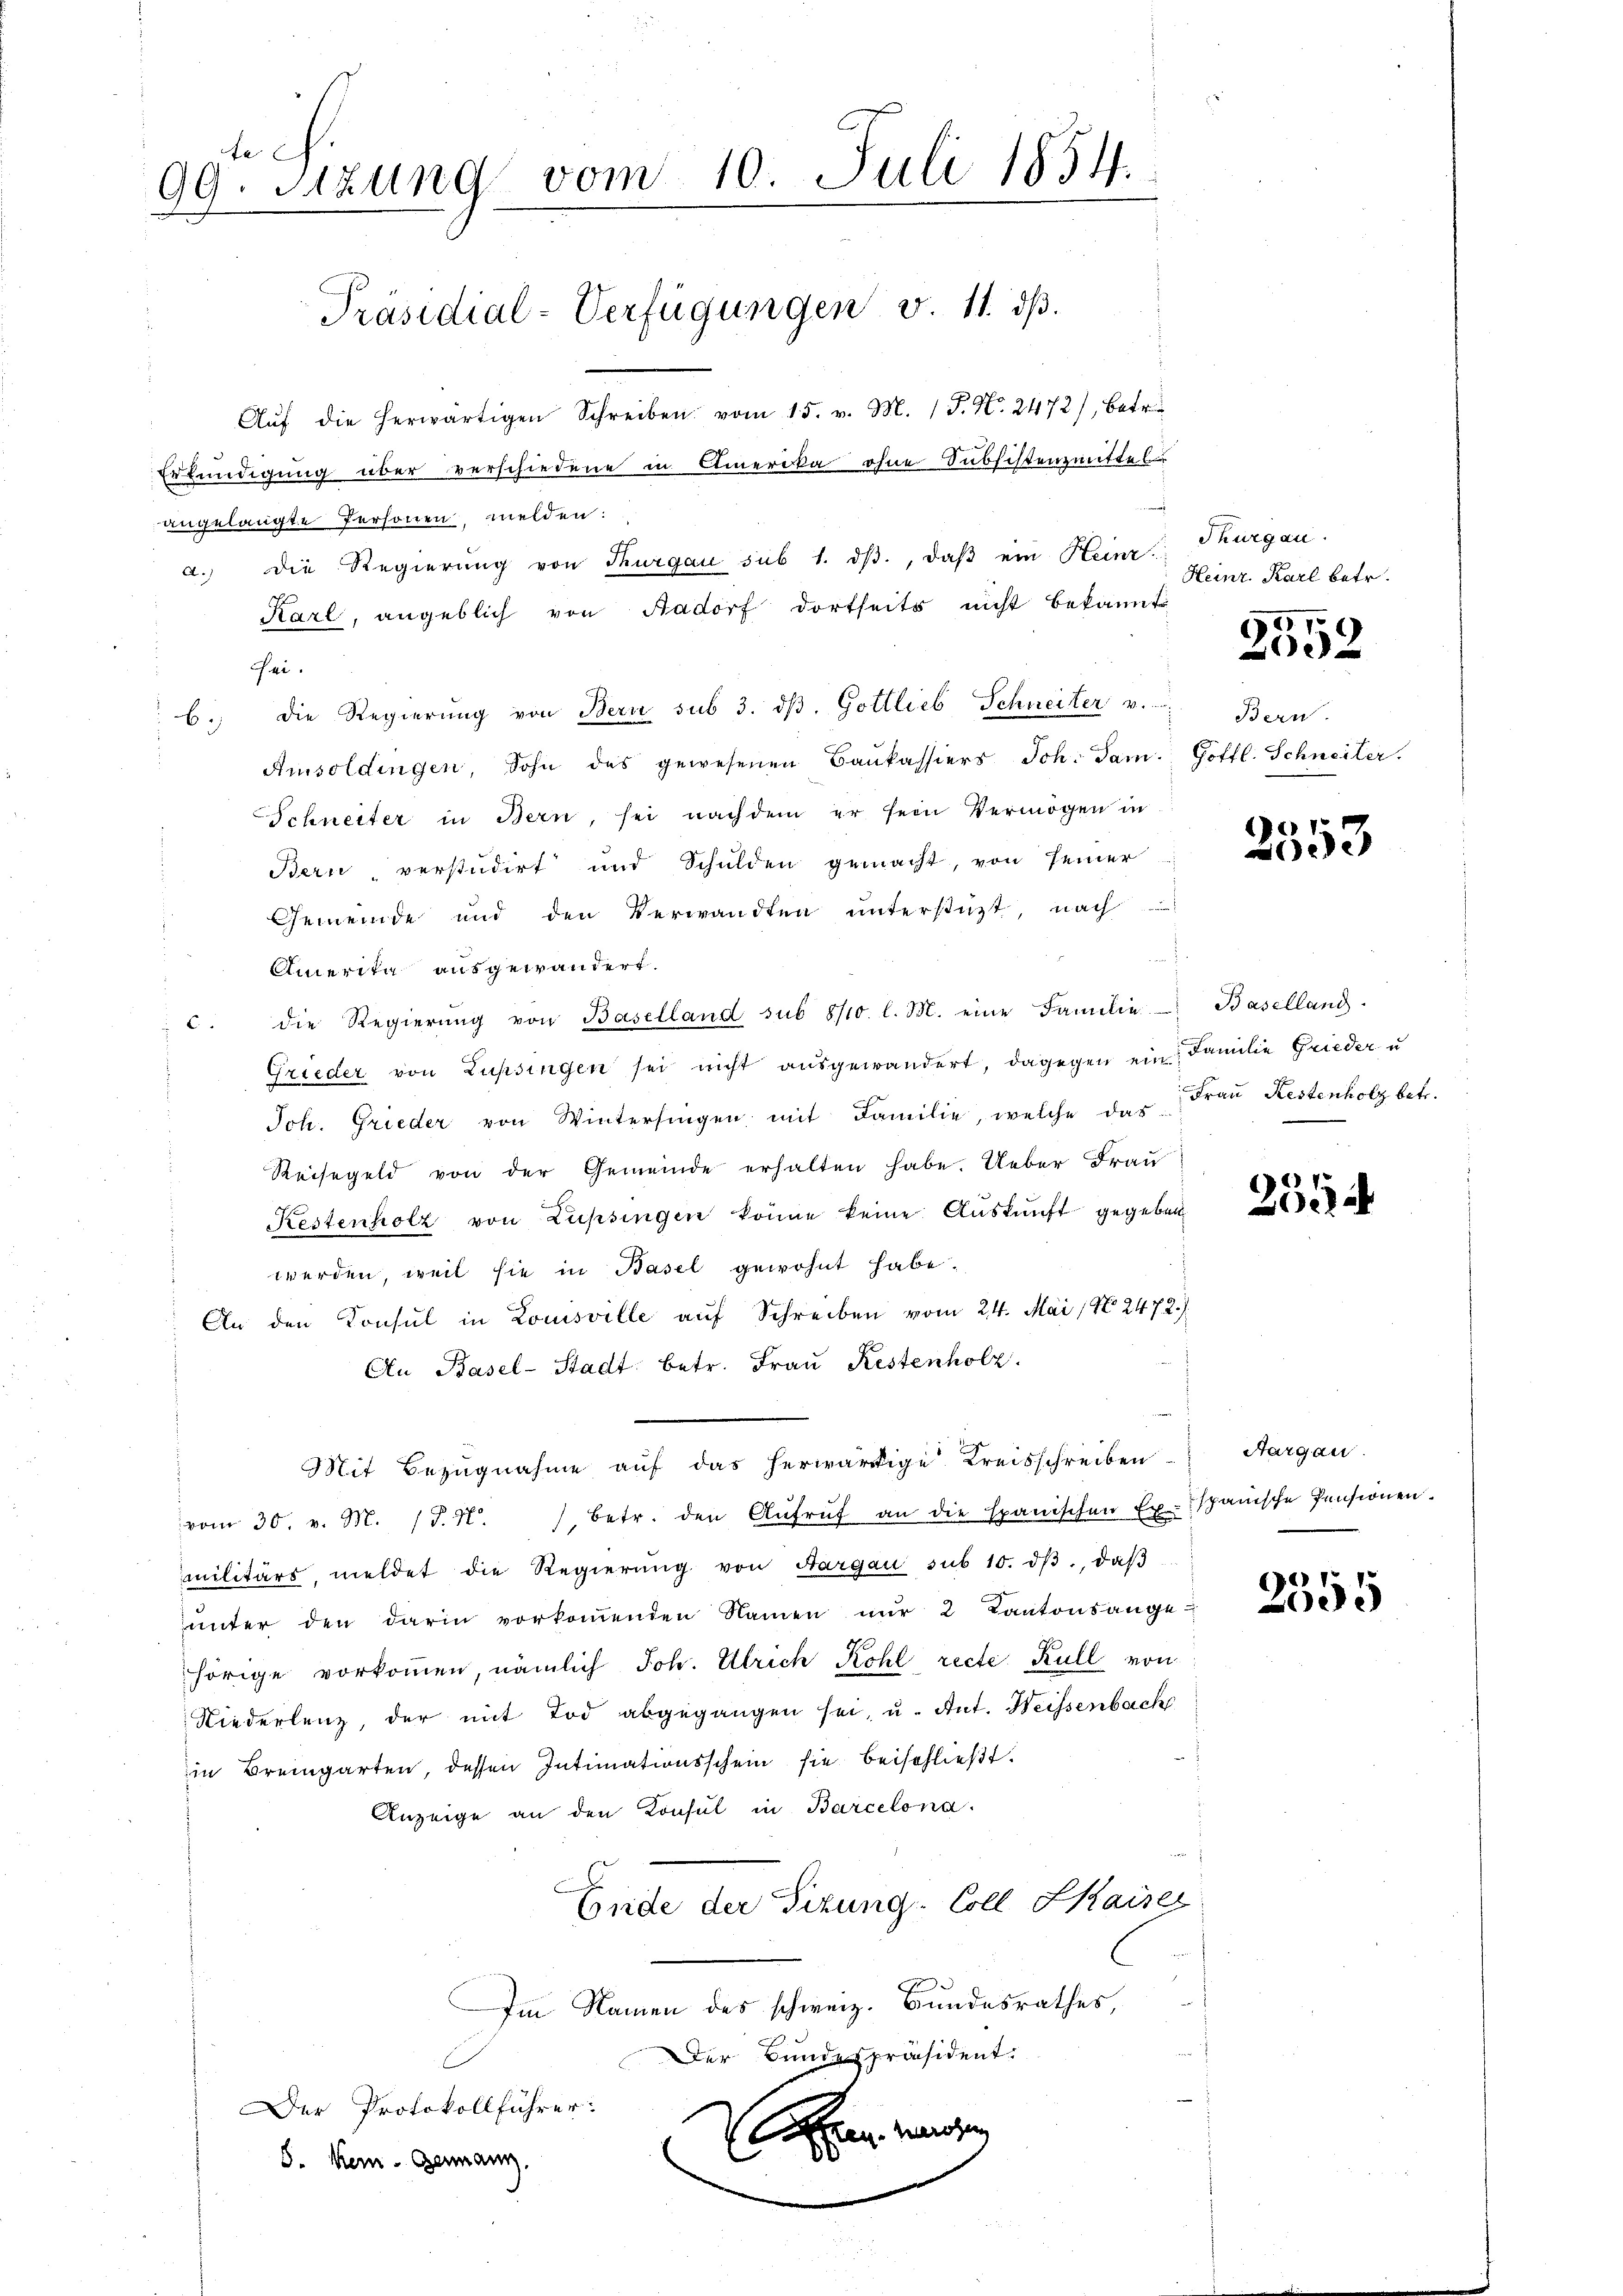
99. Sitzung vom 10. Juli 1854.
Präsidial-Verfügungen v. 11. ds.

Aŭf die herwärtigen Schreiben vom 15. v. M. 1 S. N. 2472), betr.
Erkundigung über verschiedene in Amerika ohne Subsistenzmittel-
angelangte Personen melden:
a. Die Regierŭng von Thurgau sub 1. dβ, daβ ein Heinr. Thurgau.
Karl, angeblich von Aadorf dortseits nicht bekannt
Fei.
b. Die Regierŭng von Bern sub 3. dβ. Gottlieb Schneiter v.
Amsoldingen Sohn des gewesenen Baŭkassiers Joh. Jan. Gottl. Schneiter.
Schneiter in Bern, sei nachdem er sein Vermögen in
Bern, verstudirt und Schulden gemacht, von seiner
Gemeinde und den Verwandten unterstüzt, nach
Amerika ausgewandert.
c. die Regierŭng von Baselland sub 8/10 l. M. eine Familie Basellang
Grieder von Lupsingen sei nicht ausgewandert, dagegen ein Familie Grieder u
Joh. Grieder von Wintersingen mit Familie, welche das
Reisegeld von der Gemeinde erhalten habe. Ueber Frau
Kestenholz von Lupsingen könne keine Auskunft gegeben
werden, weil sie in Basel gewohnt habe.
An den Konsul in Louisville auf Schreiben vom 24. Mai (N 2472.
An Basel-Stadt betr. Frau Restenholz.
Mit Bezugnahme auf das herwärtige Kreisschreiben
vom 30. v. M. J. N. 1 betr. den Aŭfrŭf an die Spanischen Ex. spanische Pensionen.
militärs, meldet die Regierŭng von Aargau sub 10. dβ, daβ
ŭnter den darin vorkoṁenden Namen nŭr 2 Kantonsange-
hörige vorkommen, nämlich Joh. Ulrich Kohl recte Kull von
Niederlenz, der mit Tod abgegangen sei, u. Ant. Weissenbach
in Bremgarten, dessen Intimationsschein sie beischließt:
Anzeige an den Konsul in Barcelona.
Ende der Sitzung-Coll Kaiser
C
Im Namen des schweiz. Bundesrathes,
Der Bundespräsident.
Der Protokollführer:
an werden
8. Kein Germann.
e

Heinr. Karl betr.
Bern.

2552

2553

Frau Restenholz betr.

e
202

Aargau.

e
095